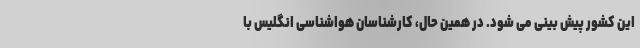
این کشور پیش بینی می شود. در همین حال، کارشناسان هواشناسی انگلیس با